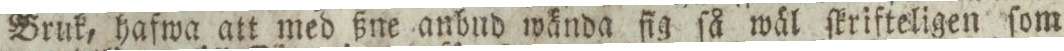
Bruk, hafwa att med ßne anbud wända fig ſå wäl ſkrifteligen ſom